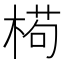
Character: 𣕉